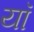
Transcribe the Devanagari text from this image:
यॉ